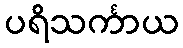
ပရိသင်္ကာယ